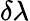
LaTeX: \delta\lambda